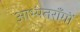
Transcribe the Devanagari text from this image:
आभ्यंतराँगों